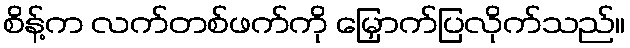
စိန့်က လက်တစ်ဖက်ကို မြှောက်ပြလိုက်သည်။